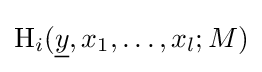
\operatorname {H} _{i}({\underline {y}},x_{1},\dots ,x_{l};M)